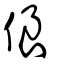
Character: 俍